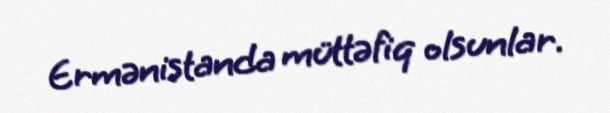
Ermənistanda müttəfiq olsunlar.